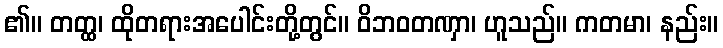
၏။ တတ္ထ၊ ထိုတရားအပေါင်းတို့တွင်။ ဝိဘဝတဏှာ၊ ဟူသည်။ ကတမာ၊ နည်း။